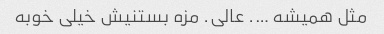
مثل همیشه …. عالی. مزه بستنیش خیلی خوبه